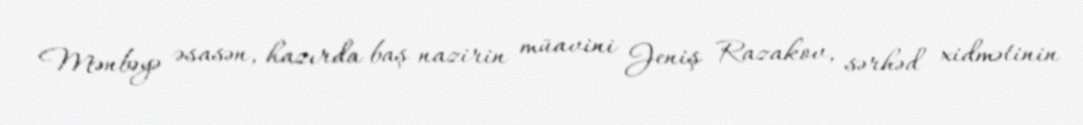
Mənbəyə əsasən, hazırda baş nazirin müavini Jeniş Razakov, sərhəd xidmətinin